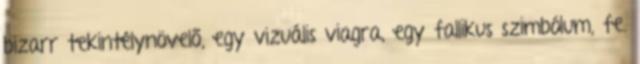
bizarr tekintélynövelő, egy vizuális viagra, egy fallikus szimbólum, fe.